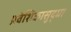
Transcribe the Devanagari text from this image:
प्रवेशिकासुद्धा